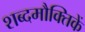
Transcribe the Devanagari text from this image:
शब्दमौक्तिकें